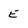
Character: E